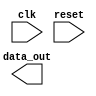
module timing_control_synchronization(
    input wire clk,
    input wire reset,
    // other input signals here
    output reg [31:0] data_out,
    // other output signals here
);
    
    // Timing control and synchronization logic goes here
    
endmodule